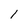
Character: 1